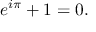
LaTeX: e ^ { i \pi } + 1 = 0 .